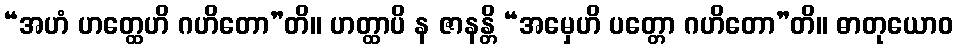
“အဟံ ဟတ္ထေဟိ ဂဟိတော”တိ။ ဟတ္ထာပိ န ဇာနန္တိ “အမှေဟိ ပတ္တော ဂဟိတော”တိ။ ဓာတုယောဝ